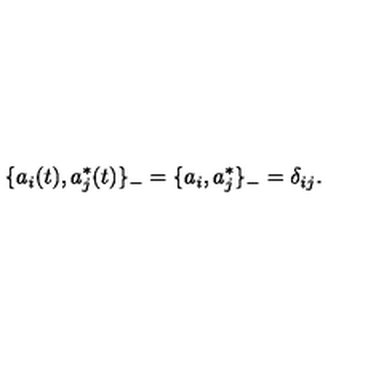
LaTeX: \{ a _ { i } ( t ) , a _ { j } ^ { * } ( t ) \} _ { - } = \{ a _ { i } , a _ { j } ^ { * } \} _ { - } = \delta _ { i j } .